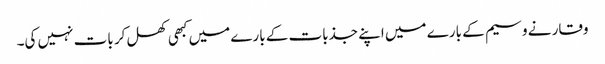
وقار نے وسیم کے بارے میں اپنے جذبات کے بارے میں کبھی کھل کر بات نہیں کی۔